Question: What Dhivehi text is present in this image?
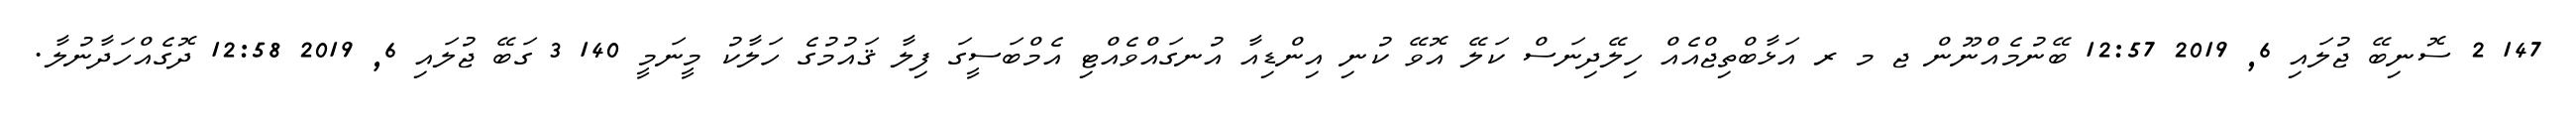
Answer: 147 2 ސޮނިބޭ ޖުލައި 6, 2019 12:57 ބޭނުމެއްނޫން ޖ މ ރ އަޅާބްތިޖްއެއް ހިލޭދިނަސް ކަލޭ އޮވޭ ކުނި އިންޑިއާ އުނގައްވެއްޓި އެމްބަސީގަ ފިލާ ޤައުމުގެ ހަލާކު މީނަމީ 140 3 ގަބޭ ޖުލައި 6, 2019 12:58 ދޮގެއްހަދާނުލާ.